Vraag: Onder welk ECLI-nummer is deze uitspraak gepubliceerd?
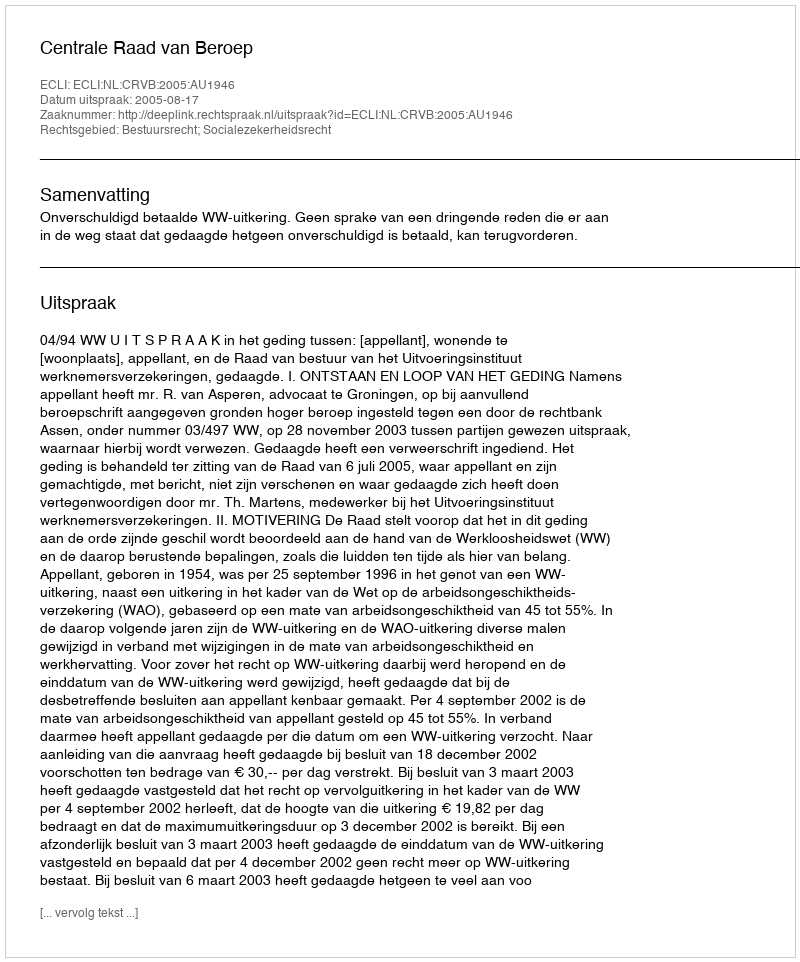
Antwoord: ECLI:NL:CRVB:2005:AU1946